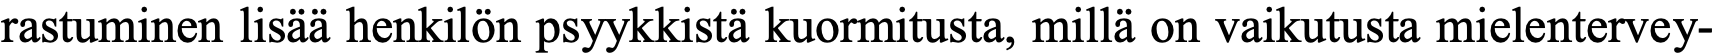
rastuminen lisää henkilön psyykkistä kuormitusta, millä on vaikutusta mielentervey-